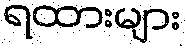
ရထားများ